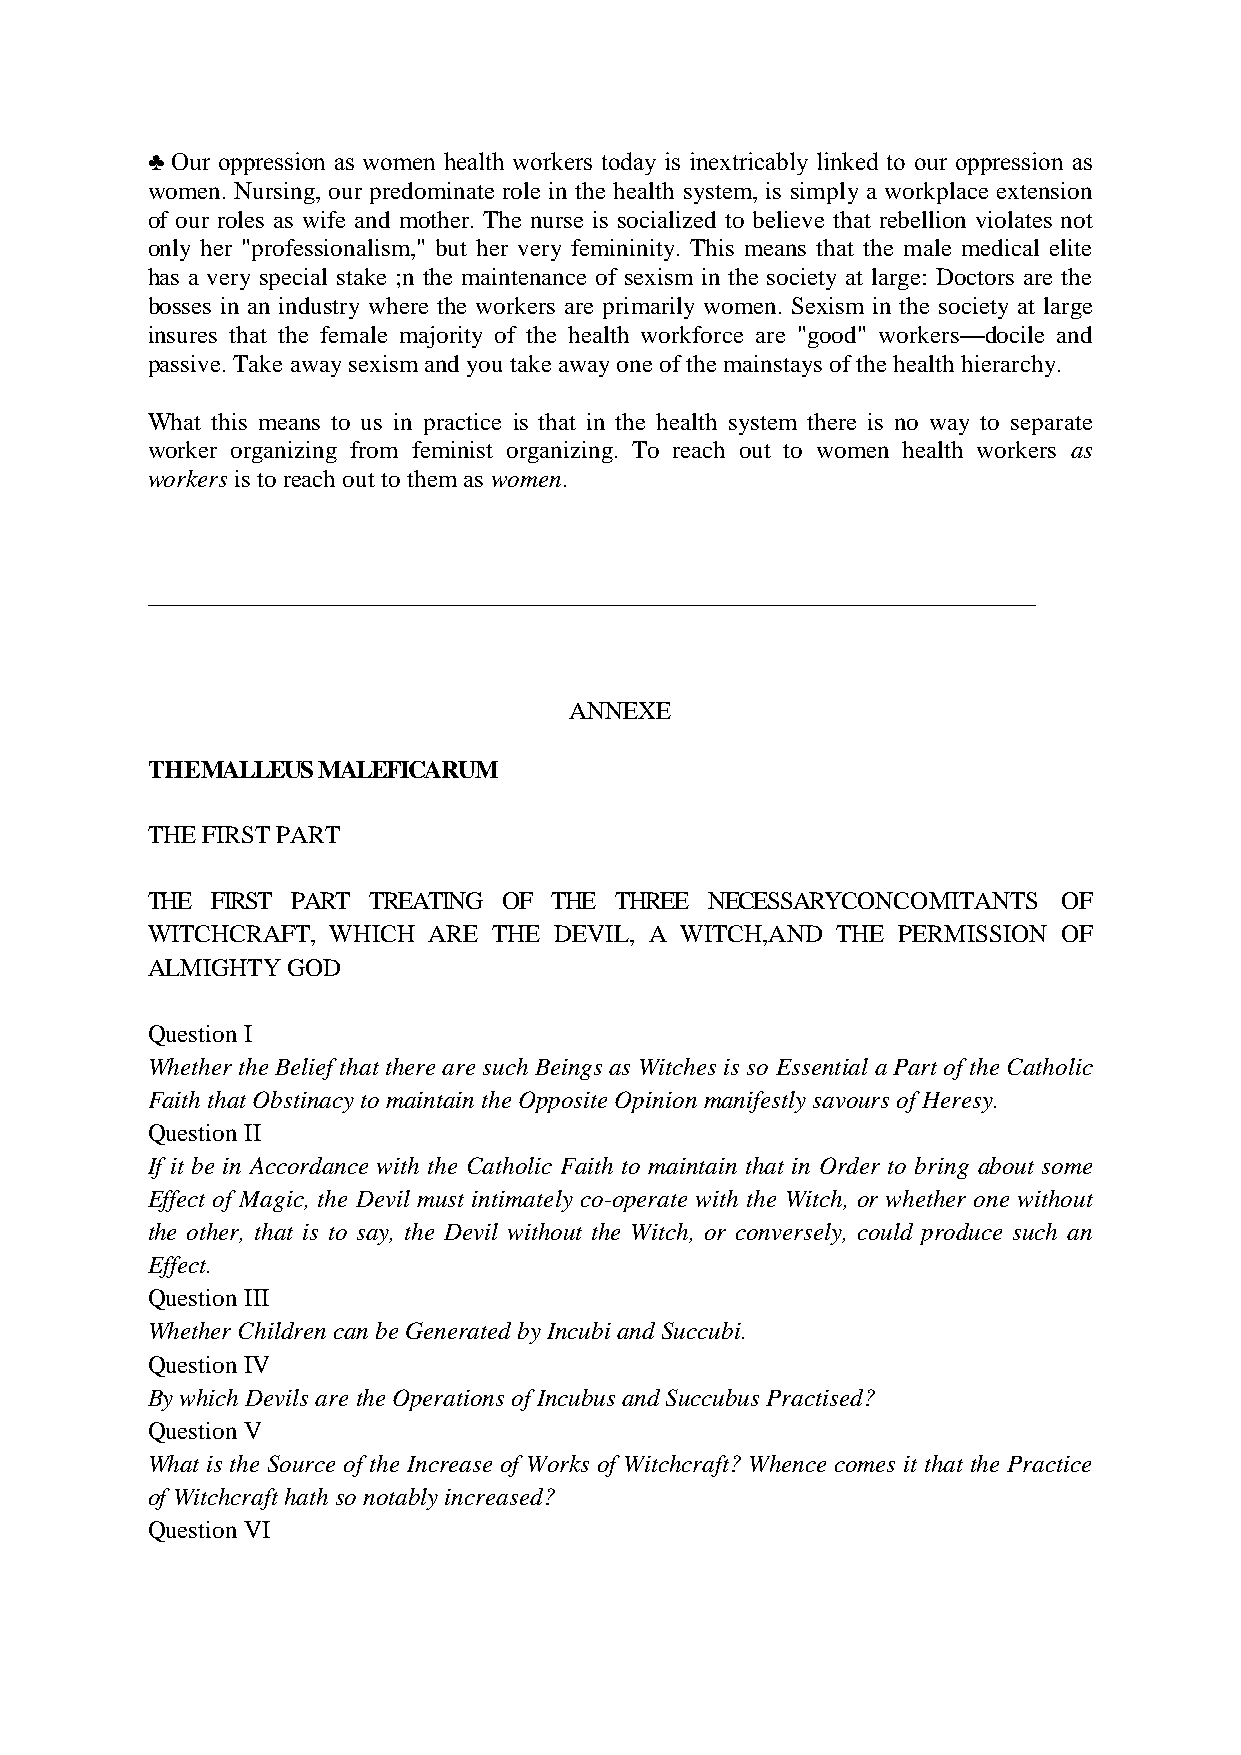
♣ Our oppression as women health workers today is inextricably linked to our oppression as
 women. Nursing, our predominate role in the health system, is simply a workplace extension
 of our roles as wife and mother. The nurse is socialized to believe that rebellion violates not
 only her "professionalism," but her very femininity. This means that the male medical elite
 has a very special stake ;n the maintenance of sexism in the society at large: Doctors are the
 bosses in an industry where the workers are primarily women. Sexism in the society at large
 insures that the female majority of the health workforce are "good" workers—docile and
 passive. Take away sexism and you take away one of the mainstays of the health hierarchy.
 What this means to us in practice is that in the health system there is no way to separate
 worker organizing from feminist organizing. To reach out to women health workers as
 workers is to reach out to them as women.
 _______________________________________________________________________
 ANNEXE
 THEMALLEUS MALEFICARUM
 THE FIRST PART
 THE FIRST PART TREATING OF THE THREE NECESSARYCONCOMITANTS  OF
 WITCHCRAFT, WHICH ARE  THE DEVIL, A WITCH,AND THE PERMISSION OF
 ALMIGHTY GOD
 Question I
 Whether the Belief that there are such Beings as Witches is so Essential a Part of the Catholic
 Faith that Obstinacy to maintain the Opposite Opinion manifestly savours of Heresy.
 Question II
 If it be in Accordance with the Catholic Faith to maintain that in Order to bring about some
 Effect of Magic, the Devil must intimately co-operate with the Witch, or whether one without
 the other, that is to say, the Devil without the Witch, or conversely, could produce such an
 Effect.
 Question III
 Whether Children can be Generated by Incubi and Succubi.
 Question IV
 By which Devils are the Operations of Incubus and Succubus Practised?
 Question V
 What is the Source of the Increase of Works of Witchcraft? Whence comes it that the Practice
 of Witchcraft hath so notably increased?
 Question VI